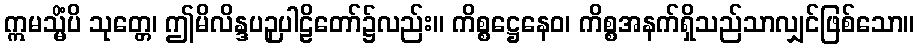
ဣမသ္မိံပိ သုတ္တေ၊ ဤမိလိန္ဒပဉှပါဠိတော်၌လည်း။ ကိစ္စဋ္ဌေနေဝ၊ ကိစ္စအနက်ရှိသည်သာလျှင်ဖြစ်သော။